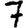
Digit: 7